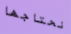
نحتاجها